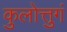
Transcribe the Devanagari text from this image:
कुलोत्तुगं